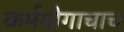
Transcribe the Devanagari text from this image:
कर्मयोगाचाच